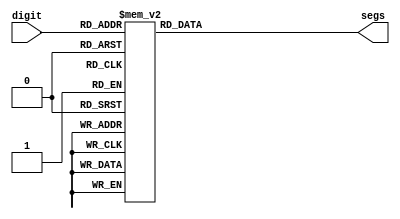
module led(
    input [3:0] digit,
    output reg [7:0] segs
);
    always @(*) begin
        case (digit)
            4'b0000: segs = 8'b11111100;
            4'b0001: segs = 8'b01100000;
            4'b0010: segs = 8'b11011010;
            4'b0011: segs = 8'b11110010;
            4'b0100: segs = 8'b01100110;
            4'b0101: segs = 8'b10110110;
            4'b0110: segs = 8'b10111110;
            4'b0111: segs = 8'b11100000;
            4'b1000: segs = 8'b11111110;
            4'b1001: segs = 8'b11110110;
            4'b1010: segs = 8'b11101110;
            4'b1011: segs = 8'b00111110;
            4'b1100: segs = 8'b10011100;
            4'b1101: segs = 8'b01111010;
            4'b1110: segs = 8'b10011110;
            4'b1111: segs = 8'b10001110;
        endcase
    end
endmodule